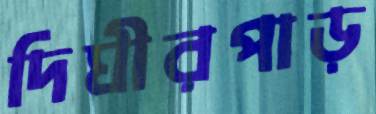
দিঘীরপাড়